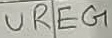
Text: UREG